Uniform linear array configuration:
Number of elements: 4
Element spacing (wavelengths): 0.75
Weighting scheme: blackman
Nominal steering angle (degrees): -60
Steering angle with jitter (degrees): -61.987
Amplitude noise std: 0.05
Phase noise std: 0.05

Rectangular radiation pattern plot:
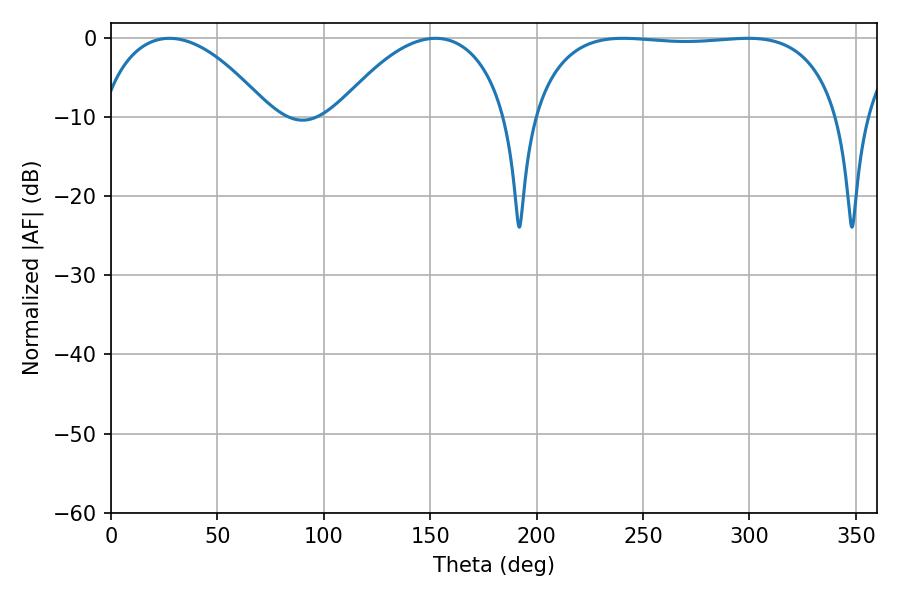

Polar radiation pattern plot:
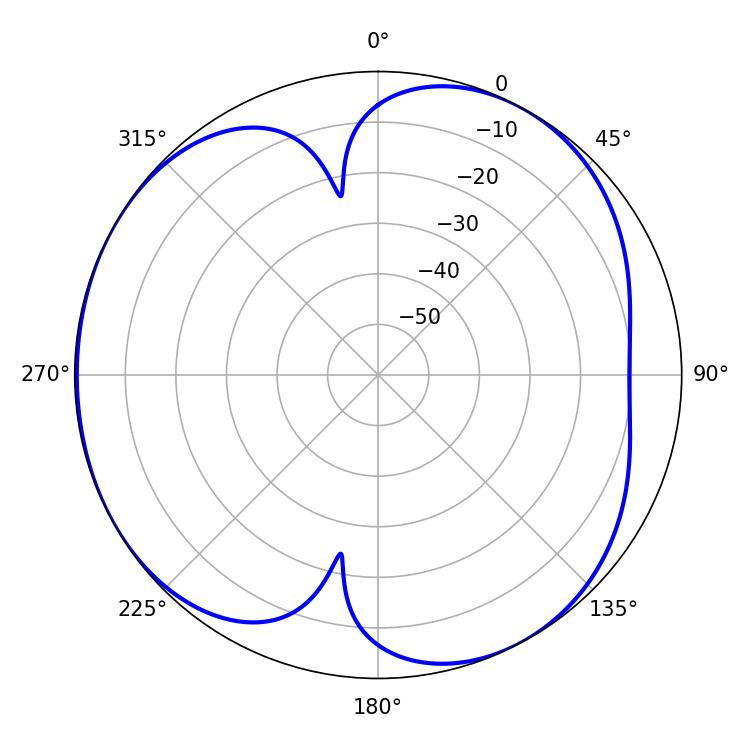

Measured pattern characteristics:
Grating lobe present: TRUE
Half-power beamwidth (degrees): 114.84
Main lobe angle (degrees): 240.66